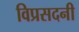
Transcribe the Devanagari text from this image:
विप्रसदनी